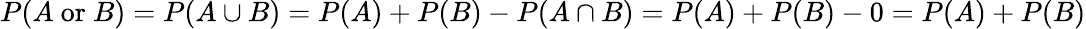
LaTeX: P(A{\mathrm{~or~}}B)=P(A\cup B)=P(A)+P(B)-P(A\cap B)=P(A)+P(B)-0=P(A)+P(B)